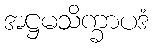
အဋ္ဌမသိက္ခာပဒံ